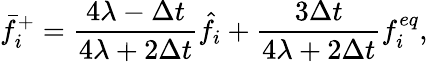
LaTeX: \bar{f}_{i}^{+}=\frac{4\lambda-\Delta t}{4\lambda+2\Delta t}\hat{f}_{i}+\frac{3\Delta t}{4\lambda+2\Delta t}f_{i}^{eq},